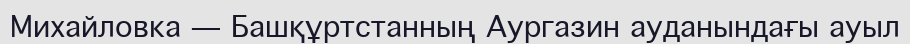
Михайловка — Башқұртстанның Аургазин ауданындағы ауыл